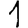
Digit: 1